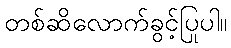
တစ်ဆိလောက်ခွင့်ပြုပါ။